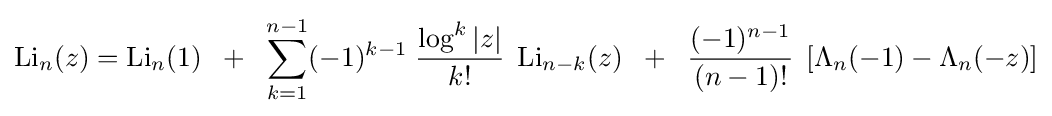
\operatorname {Li} _{n}(z)=\operatorname {Li} _{n}(1)\;\;+\;\;\sum _{k=1}^{n-1}(-1)^{k-1}\;{\frac {\log ^{k}|z|}{k!}}\;\operatorname {Li} _{n-k}(z)\;\;+\;\;{\frac {(-1)^{n-1}}{(n-1)!}}\;\left[\Lambda _{n}(-1)-\Lambda _{n}(-z)\right]